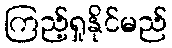
ကြည့်ရှုနိုင်မည်